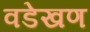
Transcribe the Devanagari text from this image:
वडेखण